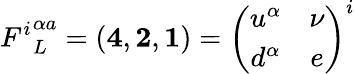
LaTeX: {F^{i}}_{L}^{\alpha a}=({\mathbf 4},{\mathbf 2},{\mathbf 1})=\left(\begin{array}{cc}{{u^{\alpha}}}&{{\nu}}\\ {{d^{\alpha}}}&{{e}}\end{array}\right)^{i}